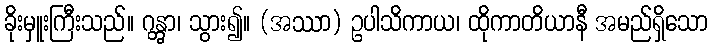
ခိုးမှူးကြီးသည်။ ဂန္တွာ၊ သွား၍။ (အဿာ) ဥပါသိကာယ၊ ထိုကာတိယာနီ အမည်ရှိသော